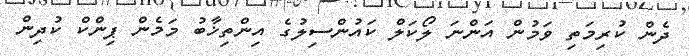
ދެން ކުރިމަތި ވަމުން އަންނަ ލޯކަލް ކައުންސިލުގެ އިންތިޚާބު މަމެން ޕިންކް ކުދިން